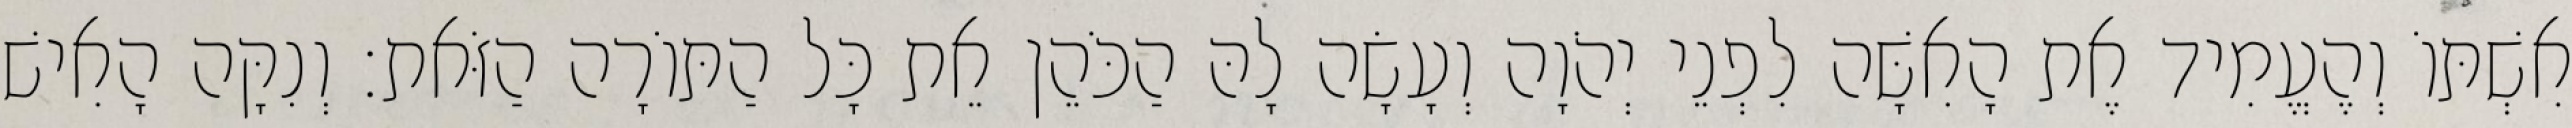
אִשְׁתּוֹ וְהֶעֱמִיד אֶת הָאִשָּׁה לִפְנֵי יְהֹוָה וְעָשָׂה לָהּ הַכֹּהֵן אֵת כָּל הַתּוֹרָה הַזֹּאת׃ וְנִקָּה הָאִישׁ